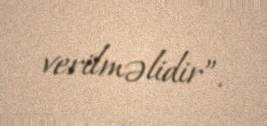
verilməlidir”.